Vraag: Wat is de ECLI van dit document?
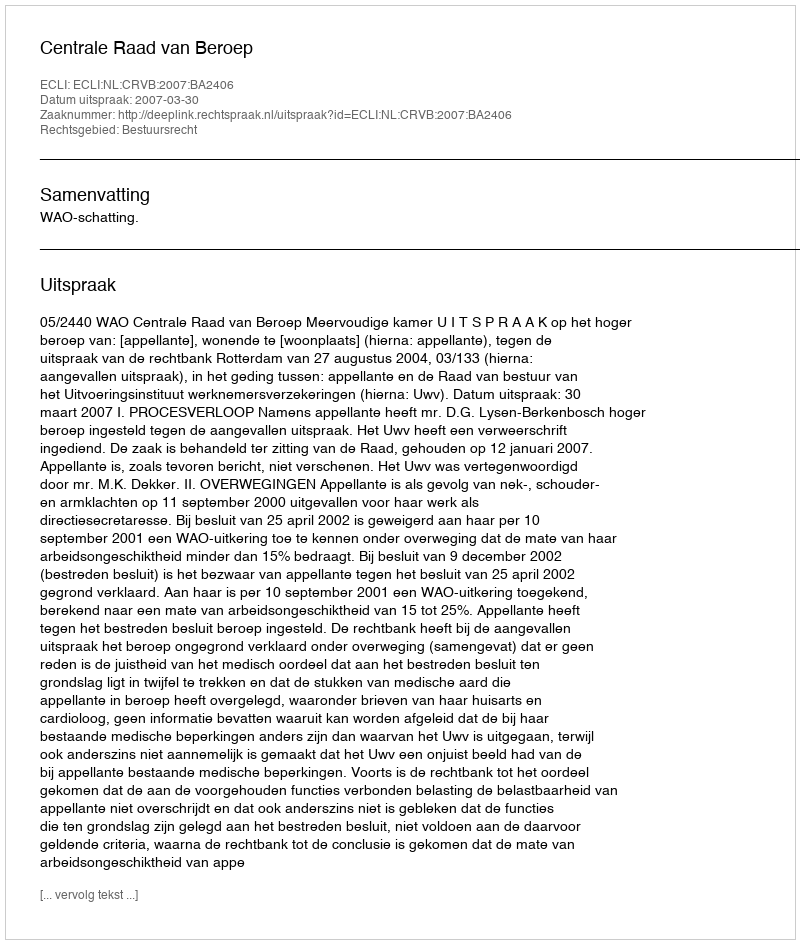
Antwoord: ECLI:NL:CRVB:2007:BA2406